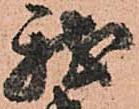
我